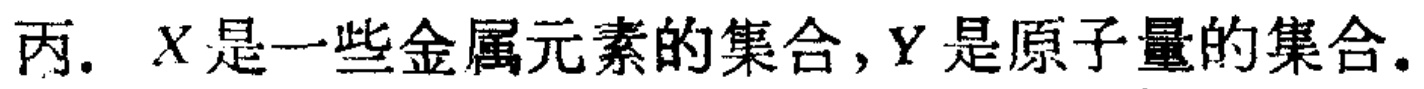
丙. \(X\)是一些金属元素的集合, \(Y\)是原子量的集合.